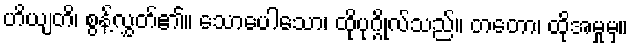
ဟိယျတိ၊ စွန့်လွှတ်၏။ သောပေါသော၊ ထိုပုဂ္ဂိုလ်သည်။ တတော၊ ထိုအမှုမှ။